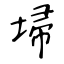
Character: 埽